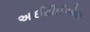
આઈટીઈએસ